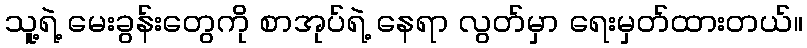
သူ့ရဲ့ မေးခွန်းတွေကို စာအုပ်ရဲ့ နေရာ လွတ်မှာ ရေးမှတ်ထားတယ်။